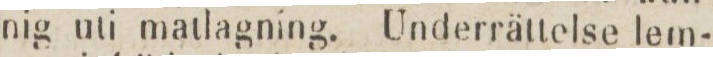
nig uti matlagning. Underrättelse lem-